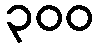
၃၀၀